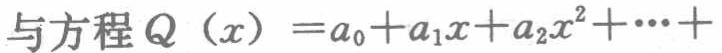
与方程\(Q(x)=a_{0}+a_{1}x + a_{2}x^{2}+\cdots+\)